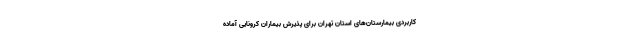
کاربردی بیمارستان‌های استان تهران برای پذیرش بیماران کرونایی آماده